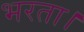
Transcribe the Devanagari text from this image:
भरता।